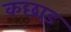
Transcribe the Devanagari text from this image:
कछाड़